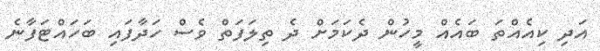
އަދި ކިއެއްތަ ބައެއް މީހުން ދެކަމަށް ދެ ތިލަފަތް ވެސް ހަދާފައި ބަހައްޓަފާނެ